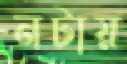
নটায়